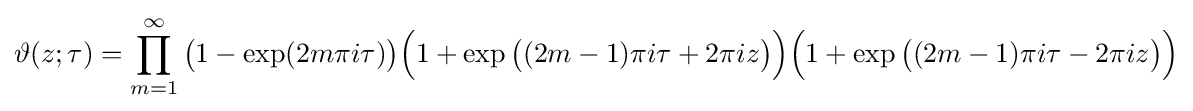
\vartheta (z;\tau )=\prod _{m=1}^{\infty }{\big (}1-\exp(2m\pi i\tau ){\big )}{\Big (}1+\exp {\big (}(2m-1)\pi i\tau +2\pi iz{\big )}{\Big )}{\Big (}1+\exp {\big (}(2m-1)\pi i\tau -2\pi iz{\big )}{\Big )}